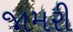
જામરી